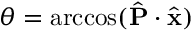
\theta = \operatorname { a r c c o s } ( \hat { \mathbf { P } } \cdot \hat { \mathbf { x } } )